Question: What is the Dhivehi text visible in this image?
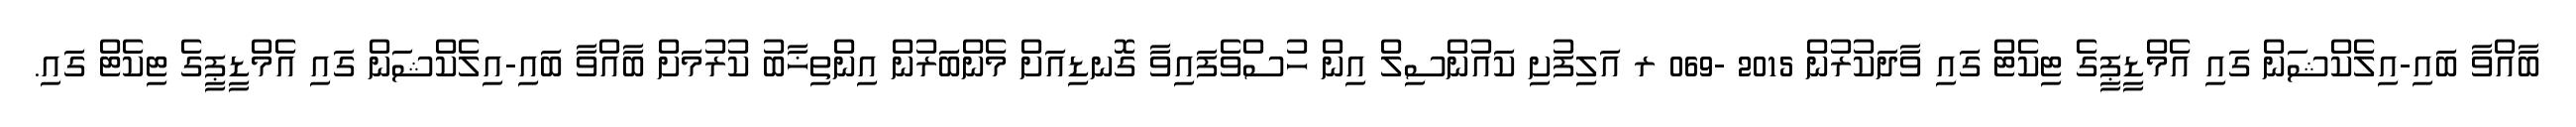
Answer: ބާއްވާ ބައި-އިލެކްޝަން ގައި އެމްޑީޕީގެ ޓިކެޓް ގައި ވާދަކުރުން 2015 -069 ރ އަލިފުށި ކައުންސިލް އިން ހުސްވެފައިވާ ގޮނޑިއަށް މެންބަރުން އިންތިޚާބު ކުރުމަށް ބާއްވާ ބައި-އިލެކްޝަން ގައި އެމްޑީޕީގެ ޓިކެޓް ގައި.